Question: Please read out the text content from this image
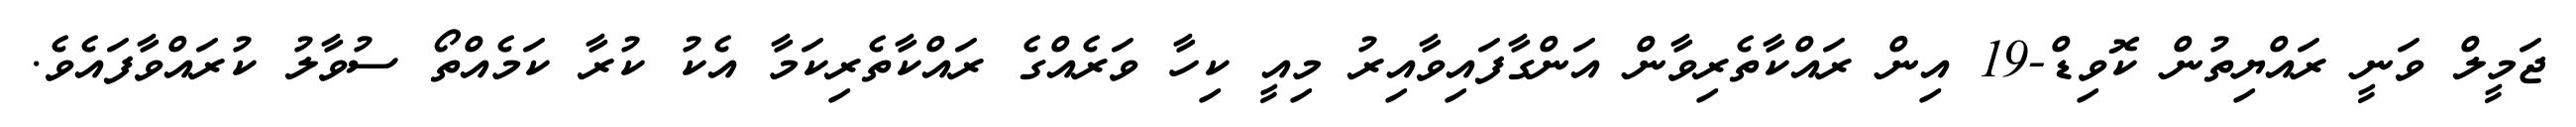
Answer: ޖަމީލް ވަނީ ރައްޔިތުން ކޮވިޑް-19 އިން ރައްކާތެރިވާން އަންގާފައިވާއިރު މިއީ ކިހާ ވަރެއްގެ ރައްކާތެރިކަމާ އެކު ކުރާ ކަމެއްތޯ ސުވާލު ކުރައްވާފައެވެ.